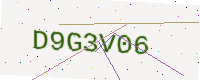
Text: D9G3V06